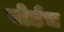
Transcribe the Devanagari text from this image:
बोर्डच